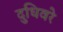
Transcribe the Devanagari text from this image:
दुधिवरे